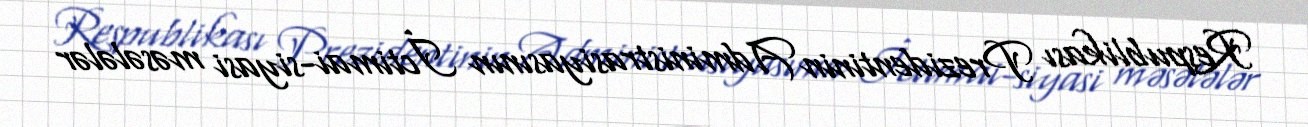
Respublikası Prezidentinin Administrasiyasının İctimai-siyasi məsələlər